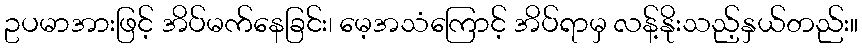
ဥပမာအားဖြင့် အိပ်မက်နေခြင်း၊ မေ့အသံကြောင့် အိပ်ရာမှ လန့်နိုးသည့်နှယ်တည်း။